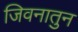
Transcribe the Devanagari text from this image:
जिवनातुन